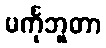
မင်္ကုဘူတာ